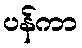
ပန်ကာ